Report of the Indian Hemp Drugs Commission, 1894-1895 - Volume I
Year: 1894
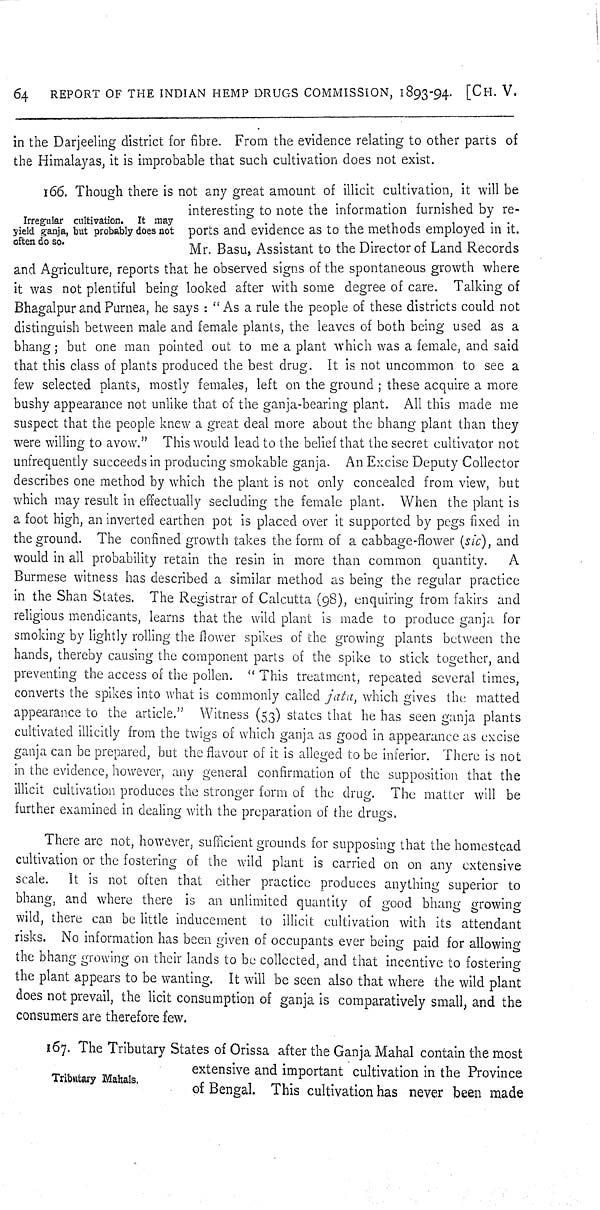
64 REPORT OF THE INDIAN HEMP DRUGS COMMISSION, 1893-94. [CH. V.
in the Darjeeling district for fibre. From the evidence relating to other parts of
the Himalayas, it is improbable that such cultivation does not exist.
Irregular cultivation. It may
yield ganja, but probably does not
often do so.
166. Though there is not any great amount of illicit cultivation, it will be
interesting to note the information furnished by re-
ports and evidence as to the methods employed in it.
Mr. Basu, Assistant to the Director of Land Records
and Agriculture, reports that he observed signs of the spontaneous growth where
it was not plentiful being looked after with some degree of care. Talking of
Bhagalpur and Purnea, he says: "As a rule the people of these districts could not
distinguish between male and female plants, the leaves of both being used as a
bhang; but one man pointed out to me a plant which was a female, and said
that this class of plants produced the best drug. It is not uncommon to see a
few selected plants, mostly females, left on the ground; these acquire a more
bushy appearance not unlike that of the ganja-bearing plant. All this made me
suspect that the people knew a great deal more about the bhang plant than they
were willing to avow." This would lead to the belief that the secret cultivator not
unfrequently succeeds in producing smokable ganja. An Excise Deputy Collector
describes one method by which the plant is not only concealed from view, but
which may result in effectually secluding the female plant. When the plant is
a foot high, an inverted earthen pot is placed over it supported by pegs fixed in
the ground. The confined growth takes the form of a cabbage-flower (sic), and
would in all probability retain the resin in more than common quantity. A
Burmese witness has described a similar method as being the regular practice
in the Shan States. The Registrar of Calcutta (98), enquiring from fakirs and
religious mendicants, learns that the wild plant is made to produce ganja for
smoking by lightly rolling the flower spikes of the growing plants between the
hands, thereby causing the component parts of the spike to stick together, and
preventing the access of the pollen. "This treatment, repeated several times,
converts the spikes into what is commonly called jata, which gives the matted
appearance to the article." Witness (53) states that he has seen ganja plants
cultivated illicitly from the twigs of which ganja as good in appearance as excise
ganja can be prepared, but the flavour of it is alleged to be inferior. There is not
in the evidence, however, any general confirmation of the supposition that the
illicit cultivation produces the stronger form of the drug. The matter will be
further examined in dealing with the preparation of the drugs.
There are not, however, sufficient grounds for supposing that the homestead
cultivation or the fostering of the wild plant is carried on on any extensive
scale. It is not often that either practice produces anything superior to
bhang, and where there is an unlimited quantity of good bhang growing
wild, there can be little inducement to illicit cultivation with its attendant
risks. No information has been given of occupants ever being paid for allowing
the bhang growing on their lands to be collected, and that incentive to fostering
the plant appears to be wanting. It will be seen also that where the wild plant
does not prevail, the licit consumption of ganja is comparatively small, and the
consumers are therefore few.
Tributary Mahals.
167. The Tributary States of Orissa after the Ganja Mahal contain the most
extensive and important cultivation in the Province
of Bengal. This cultivation has never been made